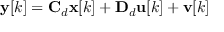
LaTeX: \mathbf { y } [ k ] = \mathbf { C } _ { d } \mathbf { x } [ k ] + \mathbf { D } _ { d } \mathbf { u } [ k ] + \mathbf { v } [ k ]